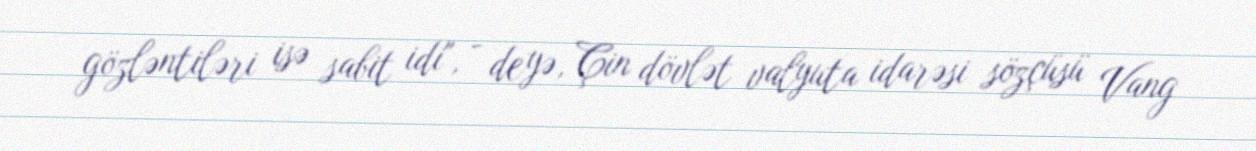
gözləntiləri isə sabit idi", - deyə, Çin dövlət valyuta idarəsi sözçüsü Vang